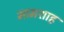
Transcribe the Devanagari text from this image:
भामशाह